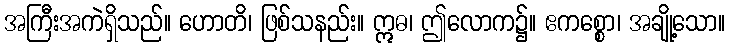
အကြီးအကဲရှိသည်။ ဟောတိ၊ ဖြစ်သနည်း။ ဣဓ၊ ဤလောက၌။ ဧကစ္စော၊ အချို့သော။